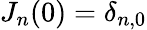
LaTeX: J_{n}(0)=\delta_{n,0}